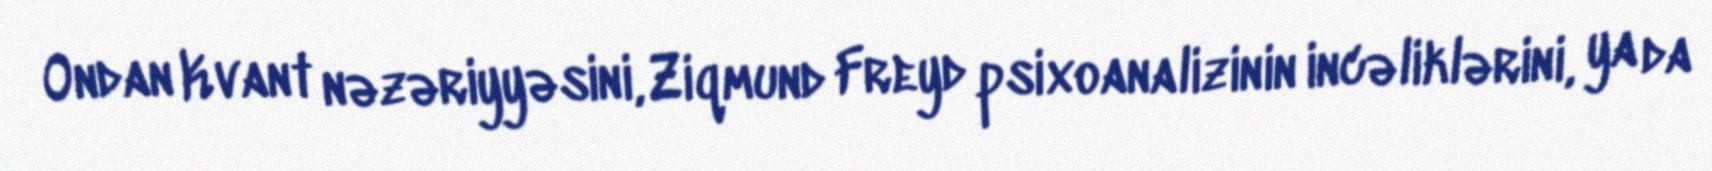
Ondan Kvant nəzəriyyəsini, Ziqmund Freyd psixoanalizinin incəliklərini, ya da